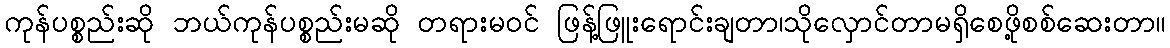
ကုန်ပစ္စည်းဆို ဘယ်ကုန်ပစ္စည်းမဆို တရားမဝင် ဖြန့်ဖြူးရောင်းချတာ၊သိုလှောင်တာမရှိစေဖို့စစ်ဆေးတာ။